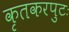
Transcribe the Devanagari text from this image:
कृतकरपुटः